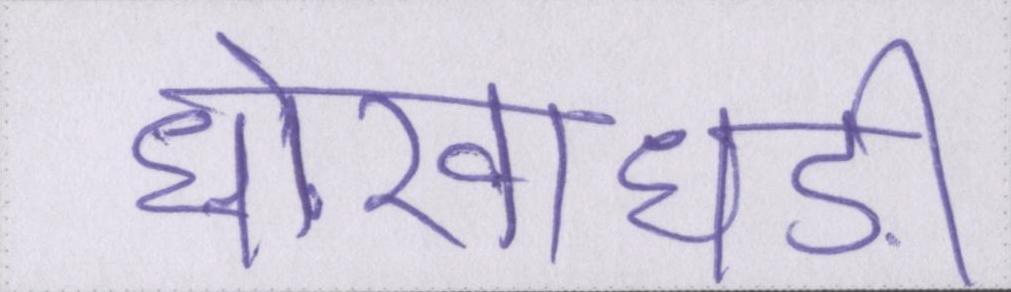
धोखाधड़ी